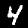
Digit: 4